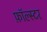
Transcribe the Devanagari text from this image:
फ़ॉल्स्टर